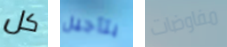
كل بتأجيل مفاوضات